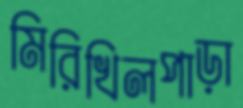
মিরিখিলপাড়া